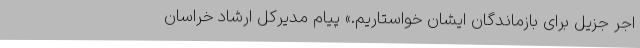
اجر جزیل برای بازماندگان ایشان خواستاریم.» پیام مدیرکل ارشاد خراسان